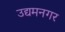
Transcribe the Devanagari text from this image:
उद्यमनगर